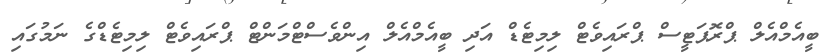
ބީއެމްއެލް ޕްރޮޕަޓީސް ޕްރައިވެޓް ލިމިޓެޑް އަދި ބީއެމްއެލް އިންވެސްޓްމަންޓް ޕްރައިވެޓް ލިމިޓެޑްގެ ނަމުގައި